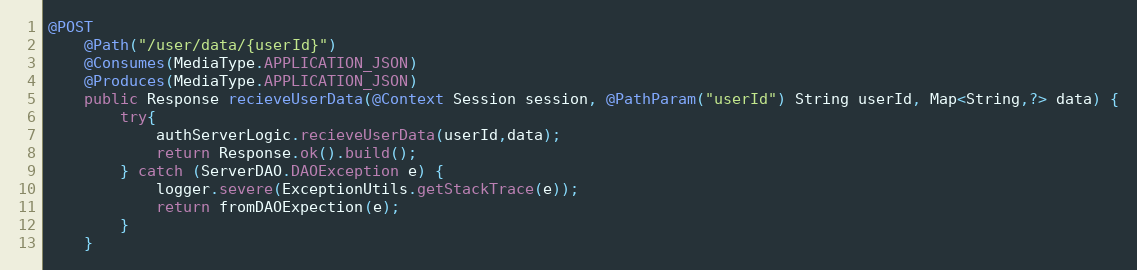
Language: Java
@POST
    @Path("/user/data/{userId}")
    @Consumes(MediaType.APPLICATION_JSON)
    @Produces(MediaType.APPLICATION_JSON)
    public Response recieveUserData(@Context Session session, @PathParam("userId") String userId, Map<String,?> data) {
        try{
            authServerLogic.recieveUserData(userId,data);
            return Response.ok().build();
        } catch (ServerDAO.DAOException e) {
            logger.severe(ExceptionUtils.getStackTrace(e));
            return fromDAOExpection(e);
        }
    }